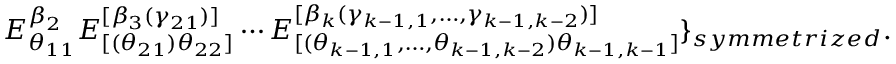
E _ { \theta _ { 1 1 } } ^ { \beta _ { 2 } } E _ { [ ( \theta _ { 2 1 } ) \theta _ { 2 2 } ] } ^ { [ \beta _ { 3 } ( \gamma _ { 2 1 } ) ] } \cdots E _ { [ ( \theta _ { k - 1 , 1 } , \ldots , \theta _ { k - 1 , k - 2 } ) \theta _ { k - 1 , k - 1 } ] } ^ { [ \beta _ { k } ( \gamma _ { k - 1 , 1 } , \ldots , \gamma _ { k - 1 , k - 2 } ) ] } \} _ { s y m m e t r i z e d } .